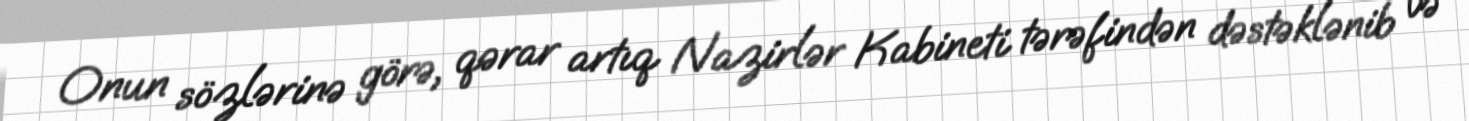
Onun sözlərinə görə, qərar artıq Nazirlər Kabineti tərəfindən dəstəklənib və